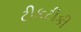
ટીકટીકી